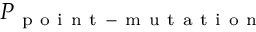
P _ { \mathrm { ~ p ~ o ~ i ~ n ~ t ~ - ~ m ~ u ~ t ~ a ~ t ~ i ~ o ~ n ~ } }